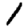
Digit: 1